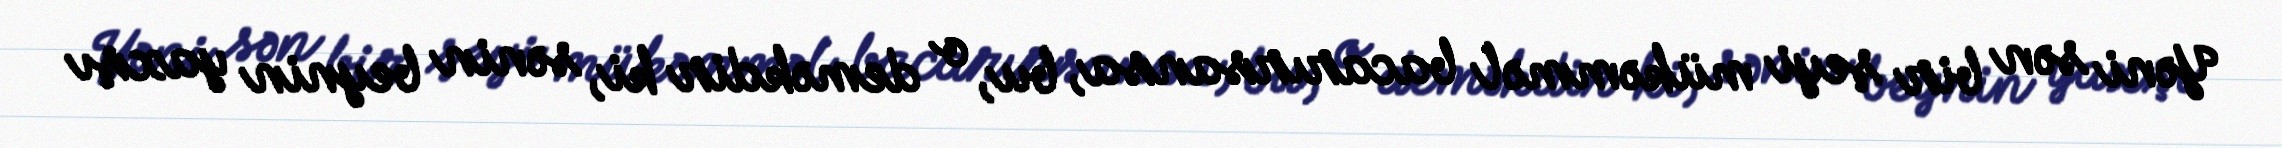
Yəni sən bir şeyi mükəmməl bacarırsansa, bu, o deməkdir ki, sənin beynin yaxşı